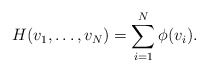
\begin{align*}H(v_1,\dots,v_N)=\sum_{i=1}^{N}\phi(v_i).\end{align*}